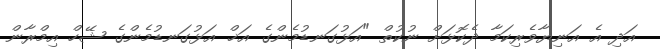
އަދި އެ އަނިޔާވެރިކަމާ ދެކޮޅަށް ނުކުތް "އަޅުގަނޑުމެންގެ އަޚް އަޅުގަނޑުމެންގެ ޝޭހް އިމްރާން